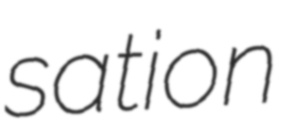
sation